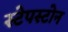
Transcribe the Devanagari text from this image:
स्टेपस्टोन